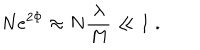
N e ^ { 2 \Phi } \approx N { \frac { \lambda } { M } } \ll 1 \; .